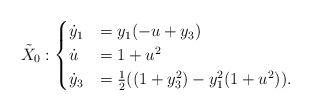
LaTeX: \begin{align*} \tilde X_0 :\begin{cases}\dot y_1 &= y_1(-u+y_3) \\\dot u &= 1+u^2 \\\dot y_3 &= \frac{1}{2}((1+y_3^2)-y_1^2(1+u^2)).\end{cases}\end{align*}